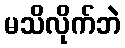
မသိလိုက်ဘဲ